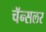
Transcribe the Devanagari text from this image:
चॅन्सलर